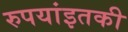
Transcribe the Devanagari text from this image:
रुपयांइतकी